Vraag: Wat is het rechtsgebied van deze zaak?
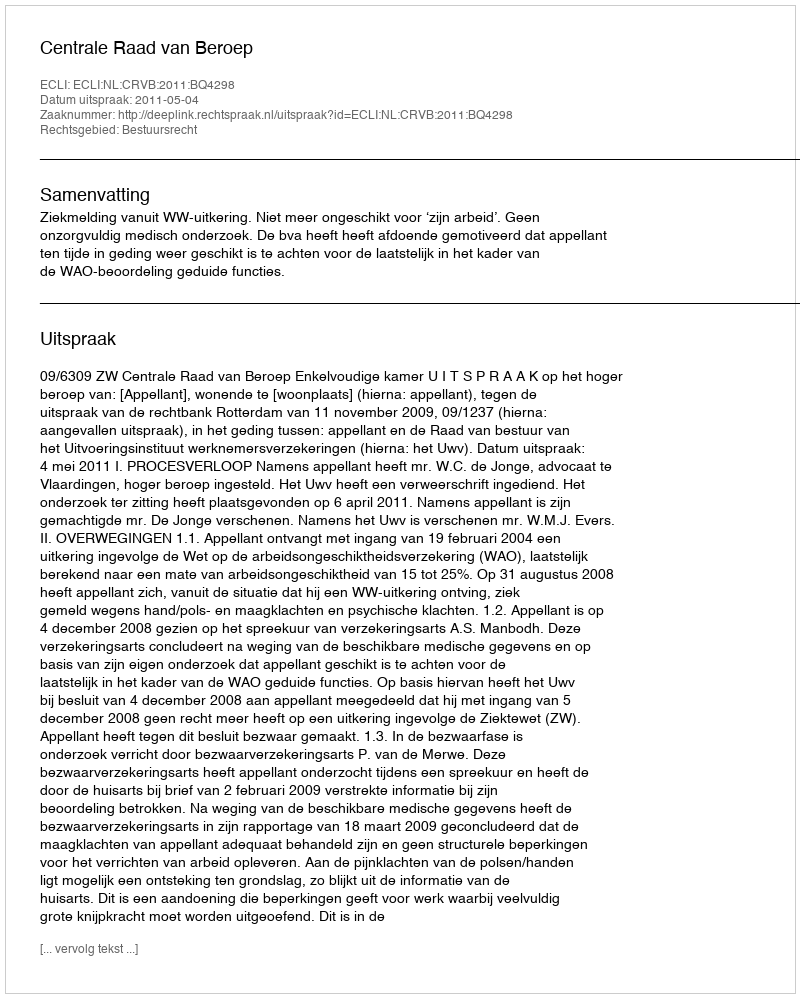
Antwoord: Bestuursrecht